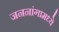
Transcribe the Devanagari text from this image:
जननांगामध्ये